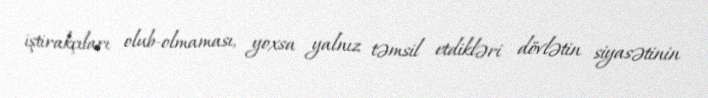
iştirakçıları olub-olmaması, yoxsa yalnız təmsil etdikləri dövlətin siyasətinin